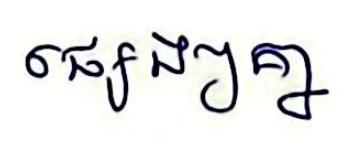
ផ្សេងៗគ្នា